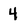
Character: 4